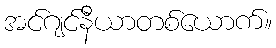
အင်ဂျင်နီယာတစ်ယောက်။